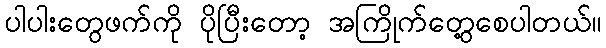
ပါပါးတွေဖက်ကို ပိုပြီးတော့ အကြိုက်တွေ့စေပါတယ်။